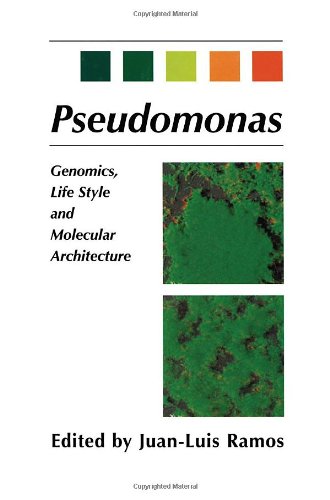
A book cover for Pseudomonas: Volume 1 Genomics, Life Style and Molecular Architecture (Advances in Experimental Medicine & Biology S); Medical Books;